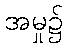
အမှု၌